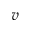
v